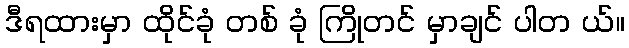
ဒီရထားမှာ ထိုင်ခုံ တစ် ခုံ ကြိုတင် မှာချင် ပါတ ယ်။